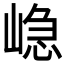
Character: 𭖷